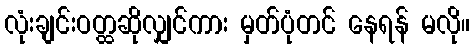
လုံးချင်းဝတ္ထဆိုလျှင်ကား မှတ်ပုံတင် နေရန် မလို။